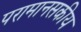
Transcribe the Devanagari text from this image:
परामानसकीय